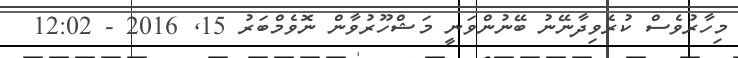
މިހާރުވެސް ކުރެވިދާނޭނު ބޭނުންވަނީ މަޝްހޫރުވާން ނޮވެމްބަރު 15